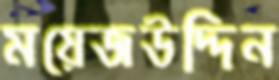
ময়েজউদ্দিন